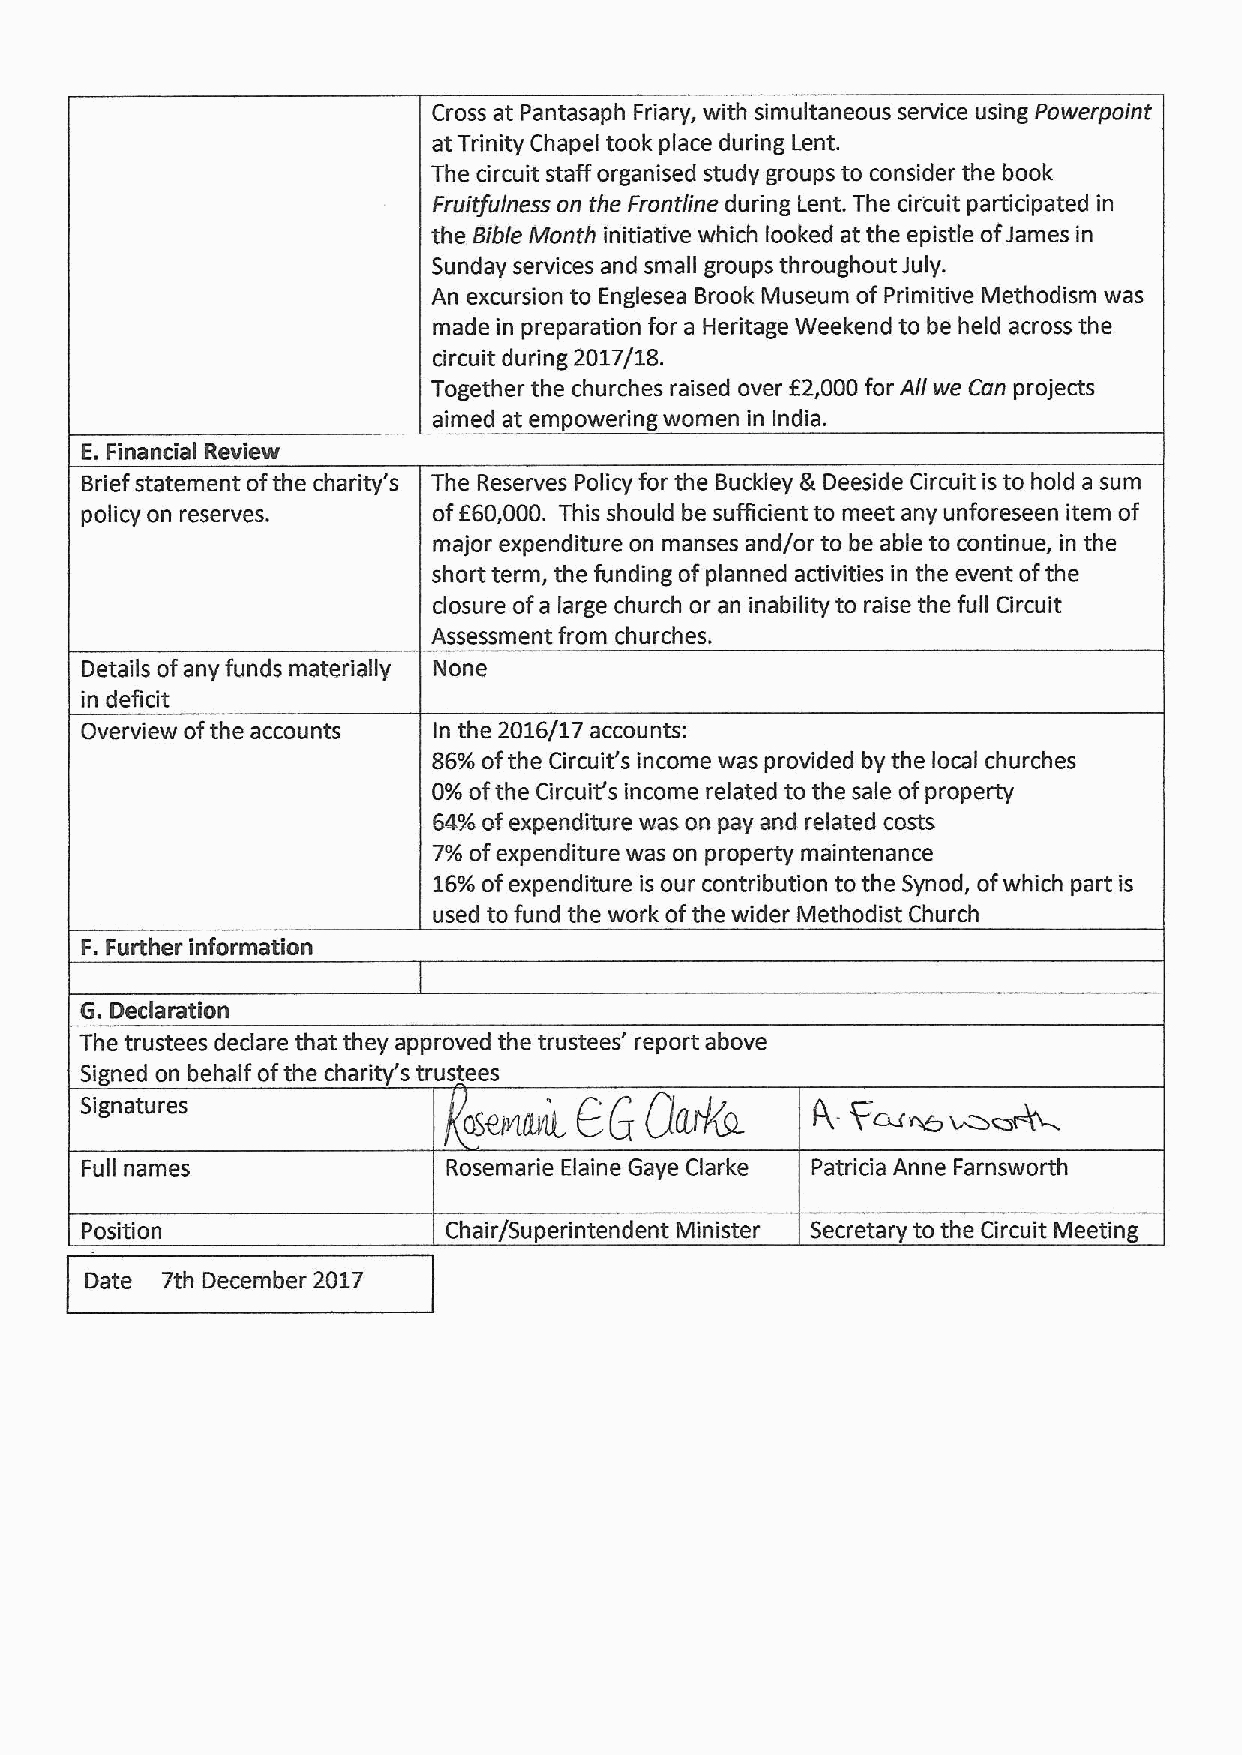
Cross at Pantasaph Friary, with simultaneous service using Powerpoint
 at Trinity Chapel took place during Lent.
 The circuit staff organised study groups to consider the book
 Fruitfulness on the Frontline during Lent. The cir'cuit participated in
 the Bible Month initiative which looked at the epistle ofJames in
 Sunday services and small groups throughout July.
 An excursion to Englesea Brook Museum of Primitive Methodism was
 made in preparation for a Heritage Weekend to be held across the
 circuit during 2017/18.
 f
 Together the churches raised over 2,000for All we Can projects
 aimed at empowering women in India.
 E.Financial Review
 Brief statement ofthe charity's The Reserves Policy for the Buckley gr Deeside Circuit is to hold a sum
 policy on reserves.     ofE60,000. This should be sufficient to meet any unforeseen item of
 major expenditure on manses and/or to be able to continue, in the
 short term, the funding ofplanned activities in the event ofthe
 closure ofa large church or an inability to raise the full Circuit
 Assessment from churches.
 Details ofany funds materially None
 in deficit
 Overview ofthe accounts In the 2016/17 accounts:
 86%ofthe Circuit's income was provided by the local churches
 0%ofthe Circuit's income related to the sale ofproperty
 64%ofexpenditure was on pay and related costs
 7%ofexpenditure was on property maintenance
 16%ofexpenditure is our contribution to the Synod, ofwhich part is
 used to fund the work ofthe wider Methodist Church
 F.Further information
 G. Declaration
 The trustees declare that they approved the trustees' report above
 Signed on behalf ofthe charity's trustees
 Signatures
 Full names               Rosemarie Elaine Gaye Clarke Patricia Anne Farnsworth
 Position                Chair/Superintendent Minister Secretary to the Circuit Meeting
 Date 7th December 2017